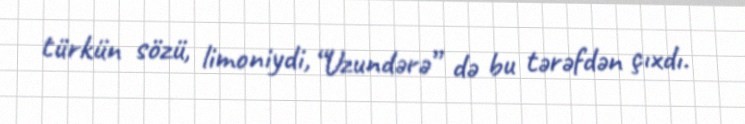
türkün sözü, limoniydi, “Uzundərə” də bu tərəfdən çıxdı.